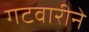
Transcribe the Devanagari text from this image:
गटवारीने